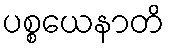
ပစ္စယေနာတိ